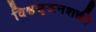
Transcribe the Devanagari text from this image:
विश्वसृजनशक्ती